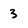
Character: 3